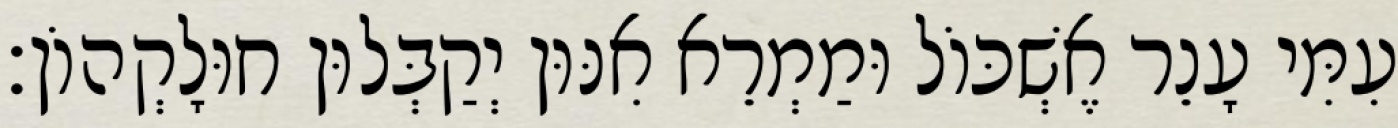
עִמִּי עָנֵר אֶשְׁכּוֹל וּמַמְרֵא אִנּוּן יְקַבְּלוּן חוּלָקְהוֹן׃